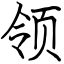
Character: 领